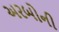
અરબોની